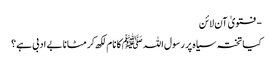
- فتویٰ آن لائن
کیا تختہ سیاہ پر رسول اللہ ﷺکا نام لکھ کر مٹانا بے ادبی ہے؟